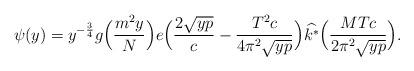
LaTeX: \begin{align*}\psi(y) = y^{-\frac{3}{4}} g\Bigl( \frac{m^2 y}{N} \Bigr) e \Bigl( \frac{2 \sqrt{y p}}{c} - \frac{T^2 c}{4 \pi^2 \sqrt{y p}} \Bigr) \widehat{k^*}\Bigl( \frac{M T c}{2 \pi^2 \sqrt{y p}} \Bigr).\end{align*}